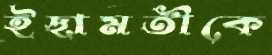
ইছামতীকে